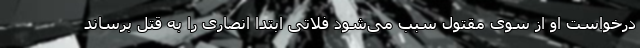
درخواست او از سوی مقتول سبب می‌شود فلاتی ابتدا انصاری را به قتل برساند